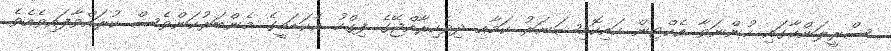
ސްރީލަންކާގައި ހުންނަވާ އެކްޓިން ހައިކޮމިޝަނަރު ކަމާއި ދިވެހިރާއްޖޭގެ ފިގްހު އެކަޑަމީގެ މެންބަރުކަންވެސް ކުރައްވާފައިވެއެވެ.